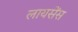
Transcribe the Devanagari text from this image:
लायसेँस